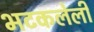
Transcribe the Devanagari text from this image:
भटकलेली